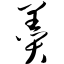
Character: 羹